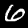
Label: 6